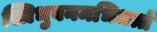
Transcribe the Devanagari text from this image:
स्त्रिभुवनमभिधत्ते